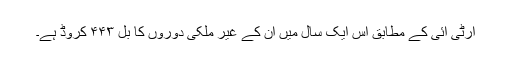
آرٹی آئی کے مطابق اس ایک سال میں ان کے غیر ملکی دوروں کا بل ۴۴۳ کروڈ ہے۔